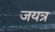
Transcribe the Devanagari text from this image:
जयत्र